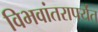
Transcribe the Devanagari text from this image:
विभवांतरापर्यंत